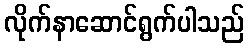
လိုက်နာဆောင်ရွက်ပါသည်